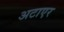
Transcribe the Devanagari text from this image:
अटाएर